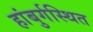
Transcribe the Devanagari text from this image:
हांबुर्गस्थित